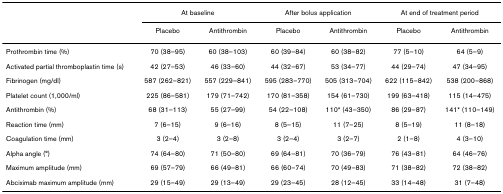
|  | <COLSPAN=2> At baseline | <COLSPAN=2> After bolus application | <COLSPAN=2> At end of treatment period |
 |  | Placebo | Antithrombin | Placebo | Antithrombin | Placebo | Antithrombin |
 | --- | --- | --- | --- | --- | --- | --- |
 | Prothrombin time (%) | 70 (38–95) | 60 (38–103) | 60 (39–84) | 60 (38–82) | 77 (5–10) | 64 (5–9) |
 | Activated partial thromboplastin time (s) | 42 (27–53) | 46 (33–60) | 44 (32–67) | 53 (34–77) | 44 (29–74) | 47 (34–95) |
 | Fibrinogen (mg/dl) | 587 (262–821) | 557 (229–841) | 595 (283–770) | 505 (313–704) | 622 (115–842) | 538 (200–868) |
 | Platelet count (1,000/ml) | 225 (86–581) | 179 (71–742) | 170 (81–358) | 154 (61–730) | 199 (63–418) | 115 (14–475) |
 | Antithrombin (%) | 68 (31–113) | 55 (27–99) | 54 (22–108) | 110* (43–350) | 86 (29–87) | 141* (110–149) |
 | Reaction time (mm) | 7 (6–15) | 9 (6–16) | 8 (5–15) | 11 (7–25) | 8 (5–19) | 11 (8–18) |
 | Coagulation time (mm) | 3 (2–4) | 3 (2–8) | 3 (2–4) | 3 (2–7) | 2 (1–8) | 4 (3–10) |
 | Alpha angle (°) | 74 (64–80) | 71 (50–80) | 69 (64–81) | 70 (36–79) | 76 (43–81) | 64 (46–76) |
 | Maximum amplitude (mm) | 69 (57–79) | 66 (49–81) | 66 (60–74) | 70 (49–83) | 71 (38–82) | 72 (38–82) |
 | Abciximab maximum amplitude (mm) | 29 (15–49) | 29 (13–49) | 29 (23–45) | 28 (12–45) | 33 (14–48) | 31 (7–48) |